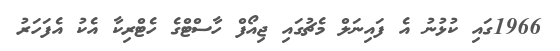
1966ގައި ކުޅުނު އެ ފައިނަލް މެޗުގައި ޖިއޯފް ހާސްޓްގެ ހެޓްރިކާ އެކު އެފަހަރު